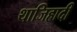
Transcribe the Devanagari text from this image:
थाजिहादी